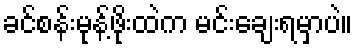
ခင်စန်းမုန့်ဖိုးထဲက မင်းချေးရမှာပဲ။